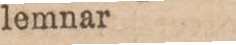
lemnar